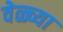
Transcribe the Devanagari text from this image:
वेळ्च्या